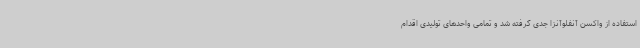
استفاده از واکسن آنفلوآنزا جدی گرفته شد و تمامی واحدهای تولیدی اقدام